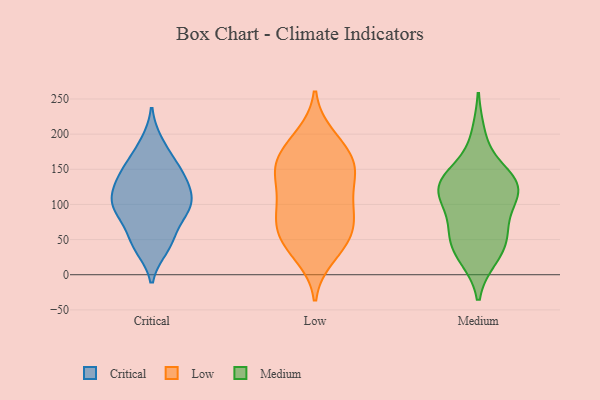
{"axis": {"x": "Churn Rate (%)", "y": "Value"}, "legend": ["Critical", "Low", "Medium"], "data": [{"x": "", "y": 137, "type": "Critical"}, {"x": "", "y": 85, "type": "Critical"}, {"x": "", "y": 121, "type": "Critical"}, {"x": "", "y": 153, "type": "Critical"}, {"x": "", "y": 37, "type": "Critical"}, {"x": "", "y": 60, "type": "Critical"}, {"x": "", "y": 189, "type": "Critical"}, {"x": "", "y": 43, "type": "Critical"}, {"x": "", "y": 110, "type": "Critical"}, {"x": "", "y": 162, "type": "Critical"}, {"x": "", "y": 102, "type": "Critical"}, {"x": "", "y": 96, "type": "Critical"}, {"x": "", "y": 92, "type": "Critical"}, {"x": "", "y": 135, "type": "Critical"}, {"x": "", "y": 52, "type": "Low"}, {"x": "", "y": 113, "type": "Low"}, {"x": "", "y": 178, "type": "Low"}, {"x": "", "y": 158, "type": "Low"}, {"x": "", "y": 192, "type": "Low"}, {"x": "", "y": 91, "type": "Low"}, {"x": "", "y": 76, "type": "Low"}, {"x": "", "y": 151, "type": "Low"}, {"x": "", "y": 157, "type": "Low"}, {"x": "", "y": 146, "type": "Low"}, {"x": "", "y": 198, "type": "Low"}, {"x": "", "y": 33, "type": "Low"}, {"x": "", "y": 156, "type": "Low"}, {"x": "", "y": 96, "type": "Low"}, {"x": "", "y": 104, "type": "Low"}, {"x": "", "y": 61, "type": "Low"}, {"x": "", "y": 67, "type": "Low"}, {"x": "", "y": 52, "type": "Low"}, {"x": "", "y": 26, "type": "Low"}, {"x": "", "y": 134, "type": "Low"}, {"x": "", "y": 117, "type": "Medium"}, {"x": "", "y": 25, "type": "Medium"}, {"x": "", "y": 117, "type": "Medium"}, {"x": "", "y": 143, "type": "Medium"}, {"x": "", "y": 129, "type": "Medium"}, {"x": "", "y": 137, "type": "Medium"}, {"x": "", "y": 51, "type": "Medium"}, {"x": "", "y": 48, "type": "Medium"}, {"x": "", "y": 125, "type": "Medium"}, {"x": "", "y": 198, "type": "Medium"}, {"x": "", "y": 77, "type": "Medium"}, {"x": "", "y": 100, "type": "Medium"}, {"x": "", "y": 58, "type": "Medium"}, {"x": "", "y": 128, "type": "Medium"}, {"x": "", "y": 27, "type": "Medium"}]}